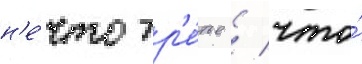
н'е́что тр'е́тье / что́